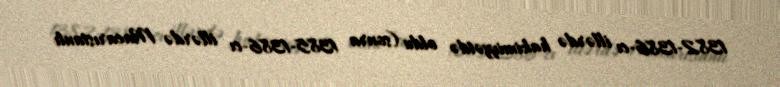
1382-1386-cı illərdə hakimiyyətdə oldu (sonra 1385-1386-cı illərdə Macarıstanlı